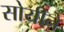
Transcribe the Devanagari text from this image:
सोयीने